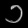
Digit: ၁